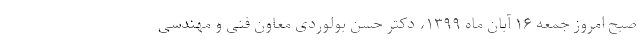
صبح امروز جمعه ۱۶ آبان ماه ۱۳۹۹، دکتر حسن بولوردی معاون فنی و مهندسی